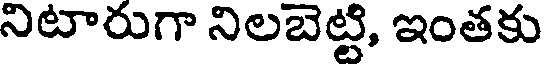
నిటారుగా నిలబెట్టి, ఇంతకు